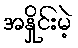
အနှိုင်းမဲ့